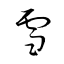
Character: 雪